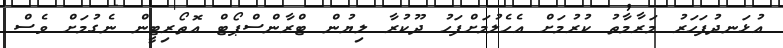
އުޅަނދުފަހަރު މަރާމާތު ކުރުމަށް އެހެލުމަށްފަހު ދޫކުރާ ލިޔުން ޓްރާންސްޕޯޓް އޮތޯރިޓީން ނެގުމަށް ވެސް